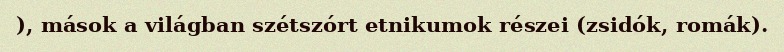
), mások a világban szétszórt etnikumok részei (zsidók, romák).